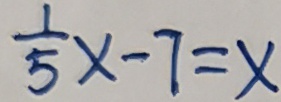
\frac { 1 } { 5 } x - 7 = x